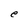
Character: e